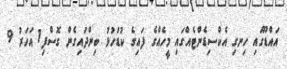
އައްޑޫގައި ހިނގި އެކްސިޑެންޓެއްގައި މީހެއްގެ ފައިގެ ކުޑަހުޅު ބިންދައިގެން ގޮސްފި1 އަހަރު 9